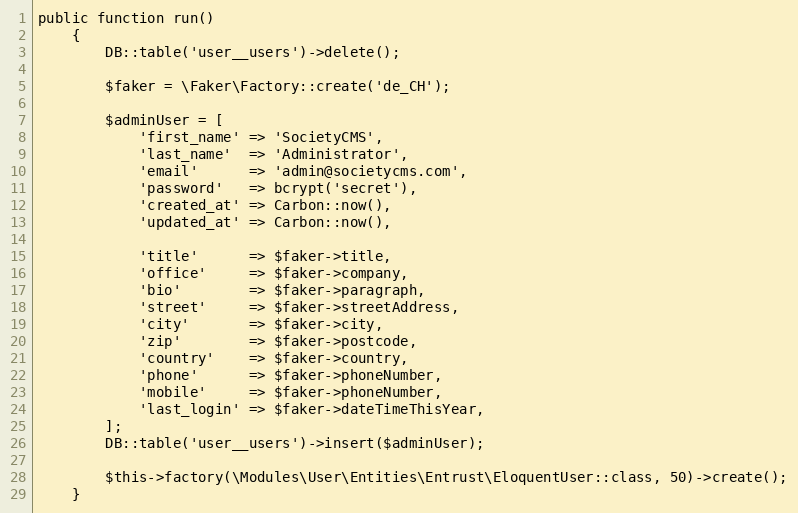
Language: PHP
public function run()
    {
        DB::table('user__users')->delete();

        $faker = \Faker\Factory::create('de_CH');

        $adminUser = [
            'first_name' => 'SocietyCMS',
            'last_name'  => 'Administrator',
            'email'      => 'admin@societycms.com',
            'password'   => bcrypt('secret'),
            'created_at' => Carbon::now(),
            'updated_at' => Carbon::now(),

            'title'      => $faker->title,
            'office'     => $faker->company,
            'bio'        => $faker->paragraph,
            'street'     => $faker->streetAddress,
            'city'       => $faker->city,
            'zip'        => $faker->postcode,
            'country'    => $faker->country,
            'phone'      => $faker->phoneNumber,
            'mobile'     => $faker->phoneNumber,
            'last_login' => $faker->dateTimeThisYear,
        ];
        DB::table('user__users')->insert($adminUser);

        $this->factory(\Modules\User\Entities\Entrust\EloquentUser::class, 50)->create();
    }